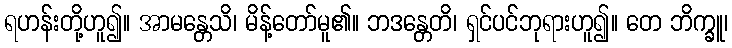
ရဟန်းတို့ဟူ၍။ အာမန္တေသိ၊ မိန့်တော်မူ၏။ ဘဒန္တေတိ၊ ရှင်ပင်ဘုရားဟူ၍။ တေ ဘိက္ခူ၊